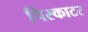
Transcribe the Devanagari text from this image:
पिस्काटर